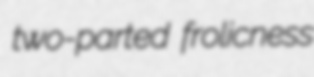
two-parted frolicness